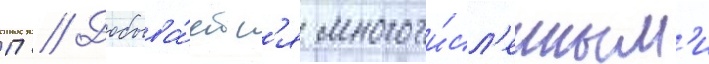
П // Добыва́етс'я многочи́сл'енным'и